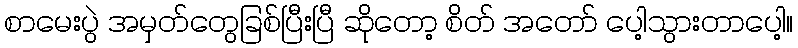
စာမေးပွဲ အမှတ်တွေခြစ်ပြီးပြီ ဆိုတော့ စိတ် အတော် ပေါ့သွားတာပေါ့။